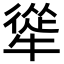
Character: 㹐